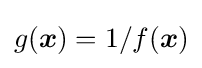
g({\boldsymbol {x}})=1/f({\boldsymbol {x}})